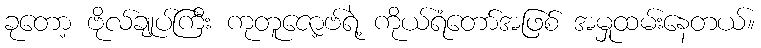
ခုတော့ ဗိုလ်ချုပ်ကြီး ကုတူဇော့ဗ်ရဲ့ ကိုယ်ရံတော်အဖြစ် အမှုထမ်းနေတယ်။